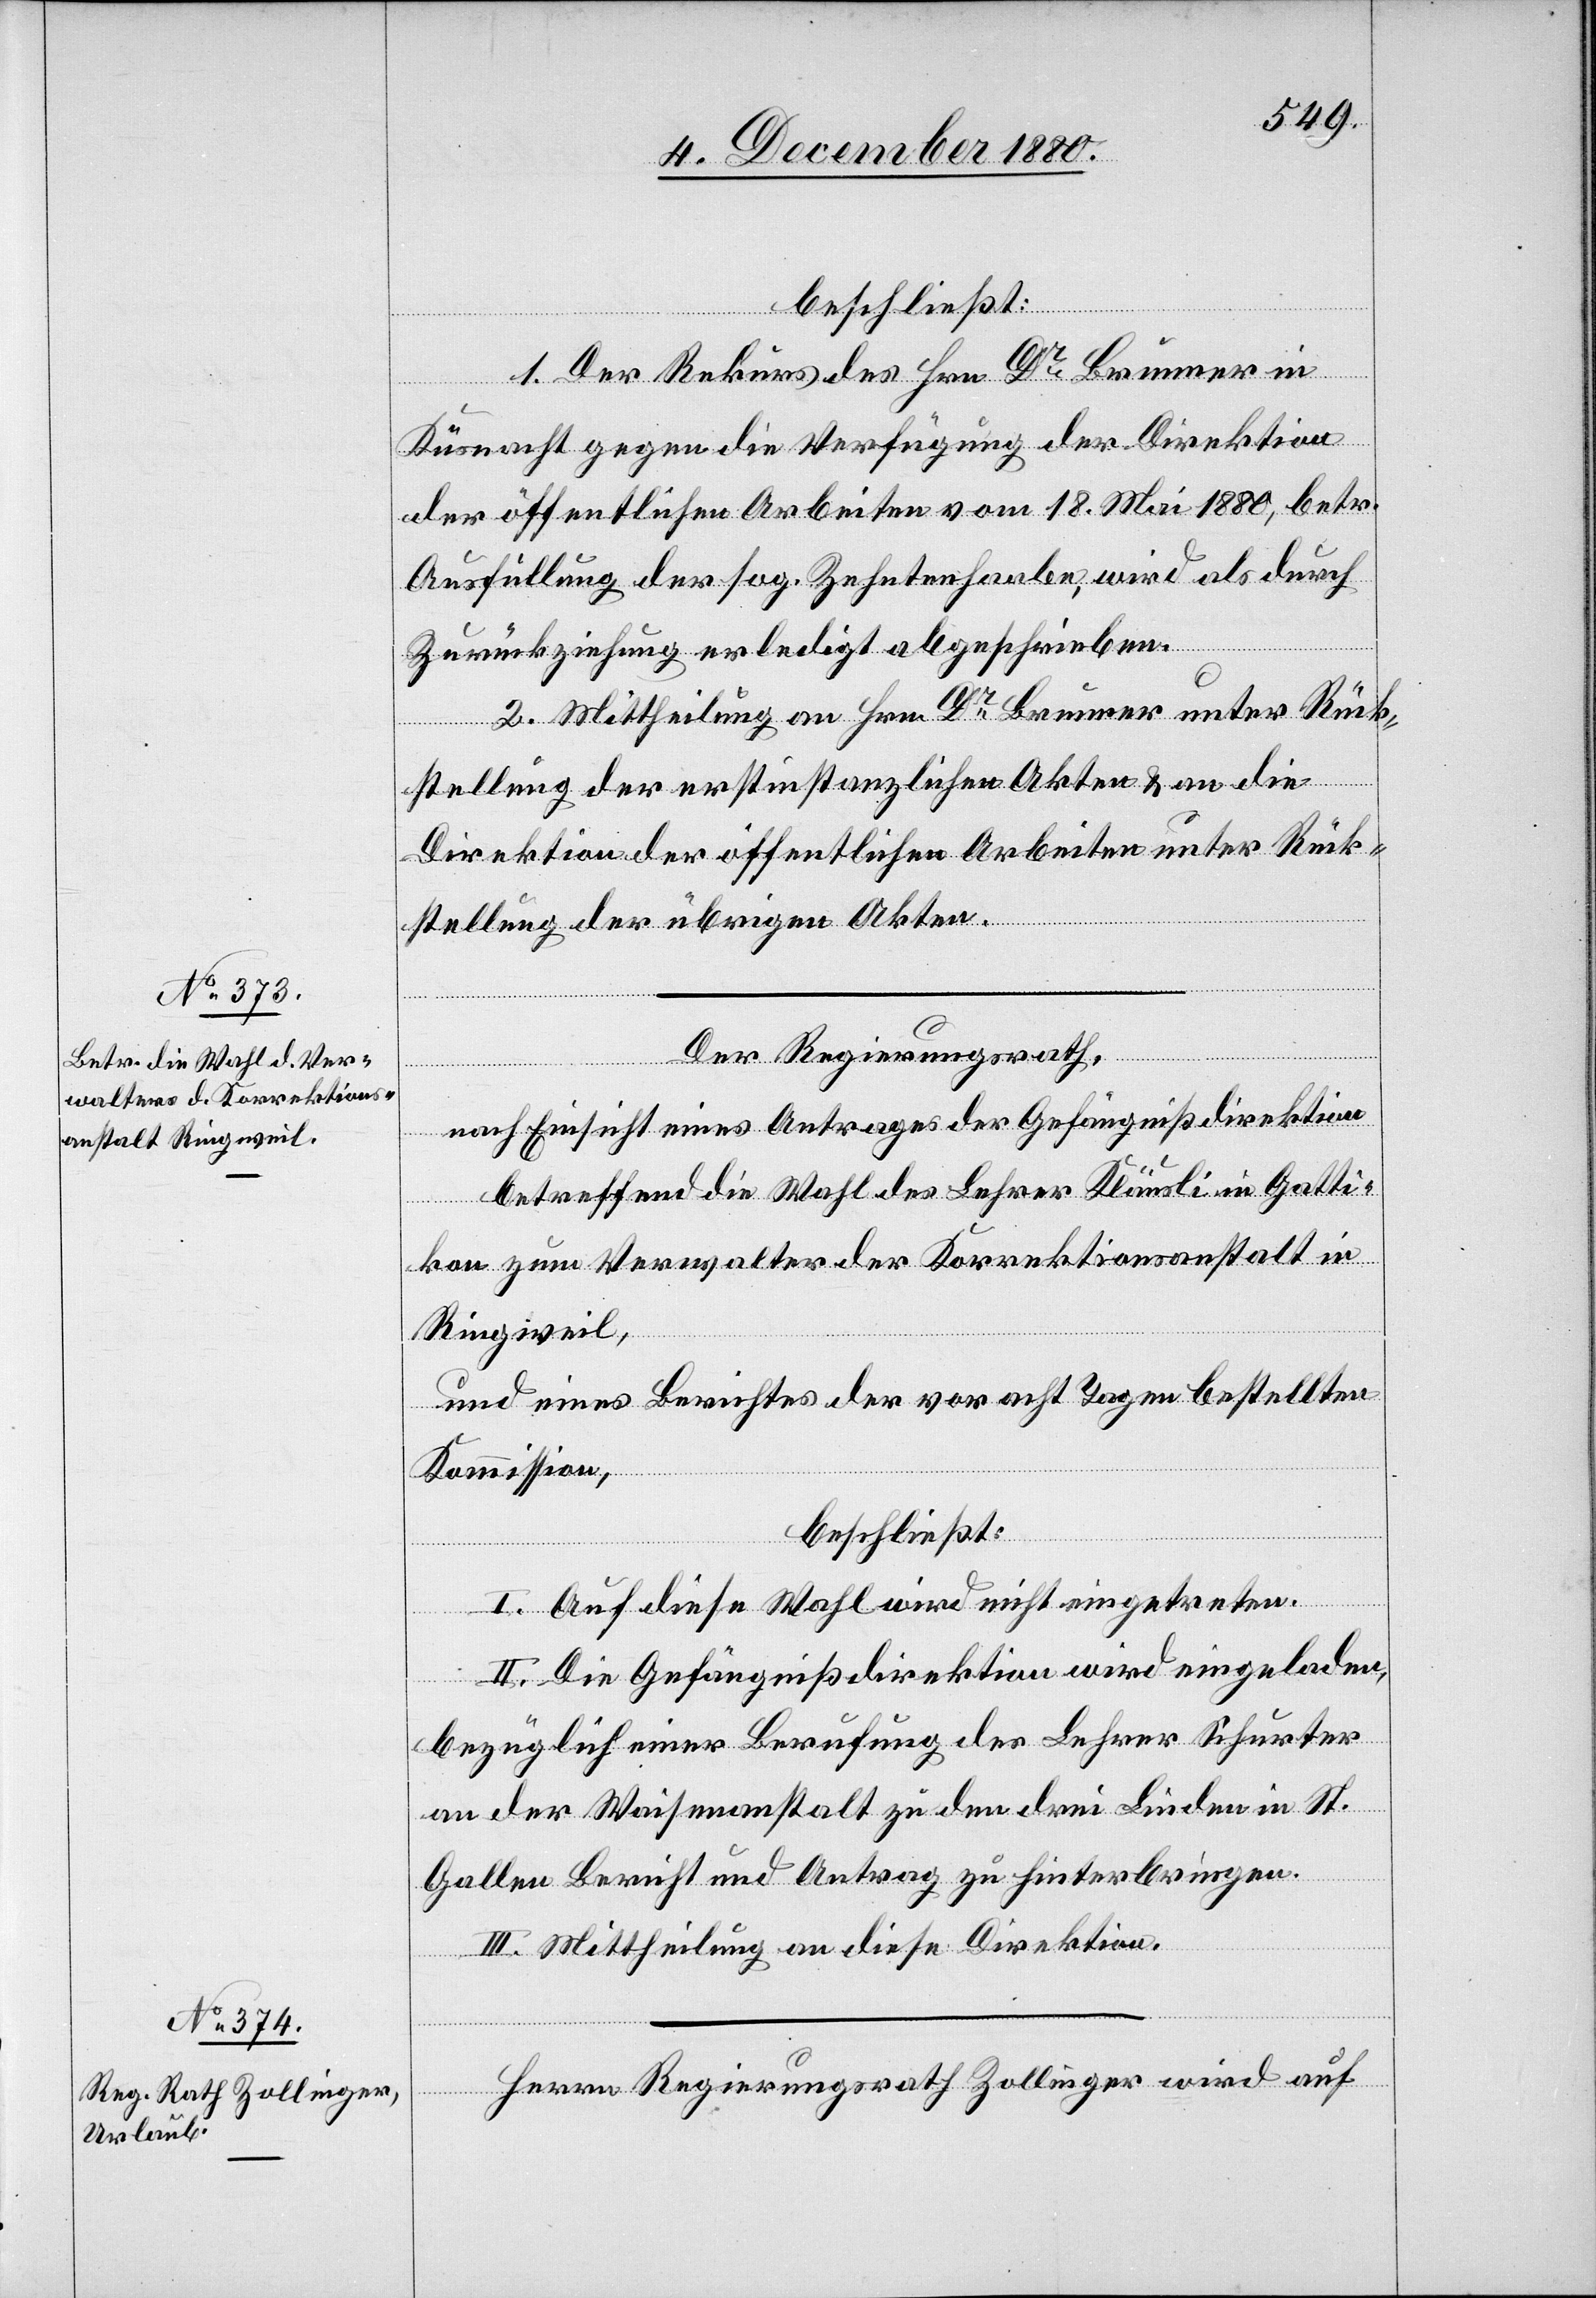
beschließt:
1. Der Rekurs des Hrn. Dr Brunner in
Küsnacht gegen die Verfügung der Direktion
der öffentlichen Arbeiten vom 18. Mai 1880, betr.
Ausfüllung der sog. Zehntenhaabe, wird als durch
Zurückziehung erledigt abgeschrieben.
2. Mittheilung an Hrn. Dr Brunner unter Rück¬
stellung der erstinstanzlichen Akten & an die
Direktion der öffentlichen Arbeiten unter Rück¬
stellung der übrigen Akten.
Der Regierungsrath,
nach Einsicht eines Antrages der Gefängnißdirektion
betreffend die Wahl des Lehrer Kläusli in Gatti¬
kon zum Verwalter der Korrektionsanstalt in
Ringweil,
und eines Berichtes der vor acht Tagen bestellten
Kommission,
beschließt:
I. Auf diese Wahl wird nicht eingetreten.
II. Die Gefängnißdirektion wird eingeladen,
bezüglich einer Berufung des Lehrer Schurter
an der Waisenanstalt zu den drei Linden in St.
Gallen Bericht und Antrag zu hinterbringen.
III. Mittheilung an diese Direktion.
Herrn Regierungsrath Zollinger wird auf